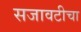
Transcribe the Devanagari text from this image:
सजावटीचा